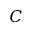
C